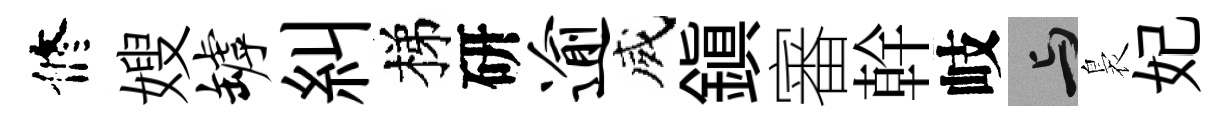
修嫂罅糾梯研逾威鎭審幹岐与裊妃